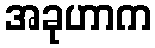
အခုဟာက